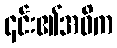
၎င်း၏အဓိက